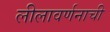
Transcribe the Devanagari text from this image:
लीलावर्णनाची